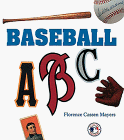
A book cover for Baseball ABC; Florence Cassen Mayers; Teen & Young Adult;